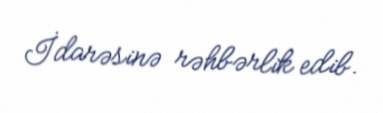
İdarəsinə rəhbərlik edib.